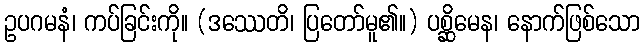
ဥပဂမနံ၊ ကပ်ခြင်းကို။ (ဒဿေတိ၊ ပြတော်မူ၏။) ပစ္ဆိမေန၊ နောက်ဖြစ်သော